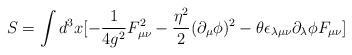
LaTeX: \begin{align*}S = \int d^3 x [-\frac{1}{4g^2}F_{\mu\nu}^2-\frac{{\eta}^2}{2}(\partial_{\mu} \phi)^2 - \theta\epsilon_{\lambda \mu \nu} \partial_{\lambda}\phi F_{\mu \nu}]\end{align*}